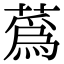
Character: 蒍